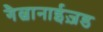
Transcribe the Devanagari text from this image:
गैल्वानाईज़ड